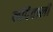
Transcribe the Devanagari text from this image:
लोंदेवाली